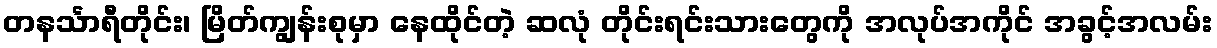
တနင်္သာရီတိုင်း၊ မြိတ်ကျွန်းစုမှာ နေထိုင်တဲ့ ဆလုံ တိုင်းရင်းသားတွေကို အလုပ်အကိုင် အခွင့်အလမ်း